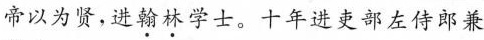
帝以为贤，进\underset{·}{翰}\underset{·}{林}学士。十年进吏部左侍郎兼